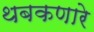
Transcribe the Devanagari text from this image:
थबकणारे